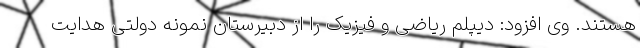
هستند. وی افزود: دیپلم ریاضی و فیزیک را از دبیرستان نمونه دولتی هدایت